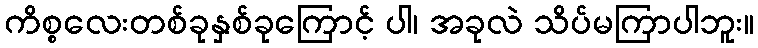
ကိစ္စလေးတစ်ခုနှစ်ခုကြောင့် ပါ၊ အခုလဲ သိပ်မကြာပါဘူး။